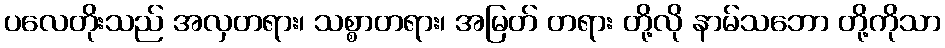
ပလေတိုးသည် အလှတရား၊ သစ္စာတရား၊ အမြတ် တရား တို့လို နာမ်သဘော တို့ကိုသာ